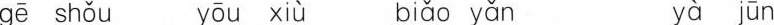
gē shǒu yōu xiù biǎo yǎn yà jūn